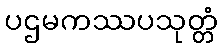
ပဌမကဿပသုတ္တံ